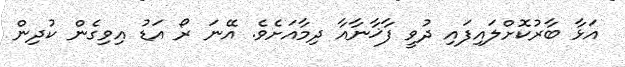
އަޅާ ބާރުކޮށްލައިފައި ދުވީ ފާޚާނާއާ ދިމާއަށެވެ. އޭނަ ރޯ އަޑު އިވިގެން ކުދިން